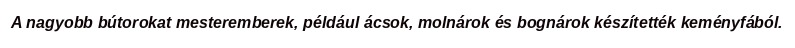
A nagyobb bútorokat mesteremberek, például ácsok, molnárok és bognárok készítették keményfából.